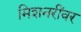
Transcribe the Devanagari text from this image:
मिशनरींवर